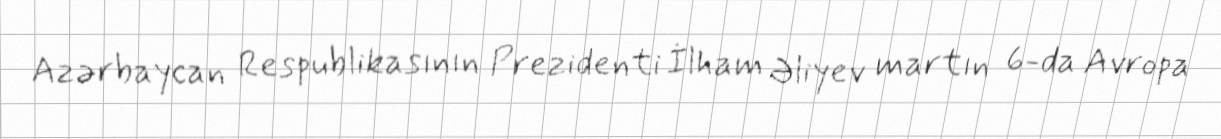
Azərbaycan Respublikasının Prezidenti İlham Əliyev martın 6-da Avropa